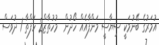
އުމަރުގެ ބޭނުމަކީ ސިޔާސީ މަންފާއެއް ހޯދުން  މުހުތާޒް2 ހަފްތާ 1 ދުވަސް